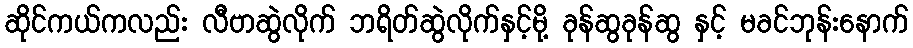
ဆိုင်ကယ်ကလည်း လီဗာဆွဲလိုက် ဘရိတ်ဆွဲလိုက်နှင့်မို့ ခုန်ဆွခုန်ဆွ နှင့် မခင်ဘုန်းနောက်